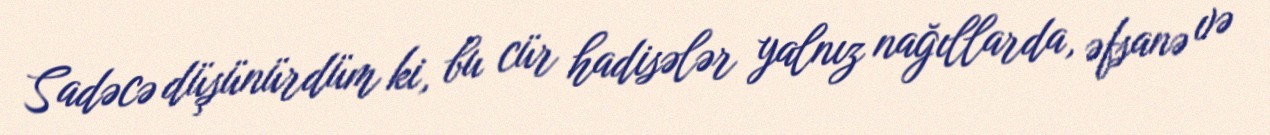
Sadəcə düşünürdüm ki, bu cür hadisələr yalnız nağıllarda, əfsanə və